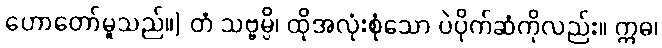
ဟောတော်မူသည်။] တံ သဗ္ဗမ္ပိ၊ ထိုအလုံးစုံသော ပဲပိုက်ဆံကိုလည်း။ ဣဓ၊